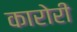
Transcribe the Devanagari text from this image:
कारोरी